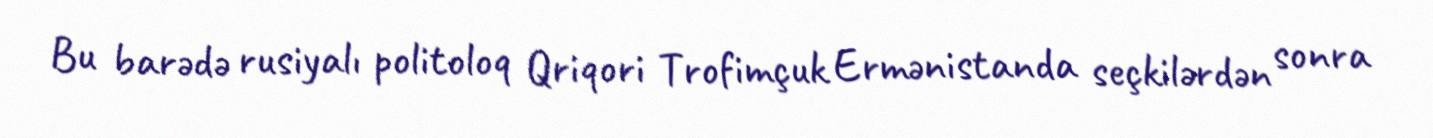
Bu barədə rusiyalı politoloq Qriqori Trofimçuk Ermənistanda seçkilərdən sonra